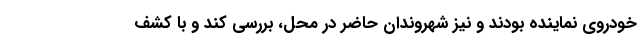
خودروی نماینده بودند و نیز شهروندان حاضر در محل، بررسی کند و با کشف